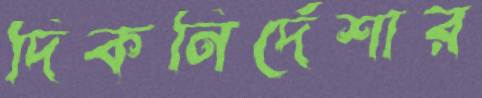
দিকনির্দেশার